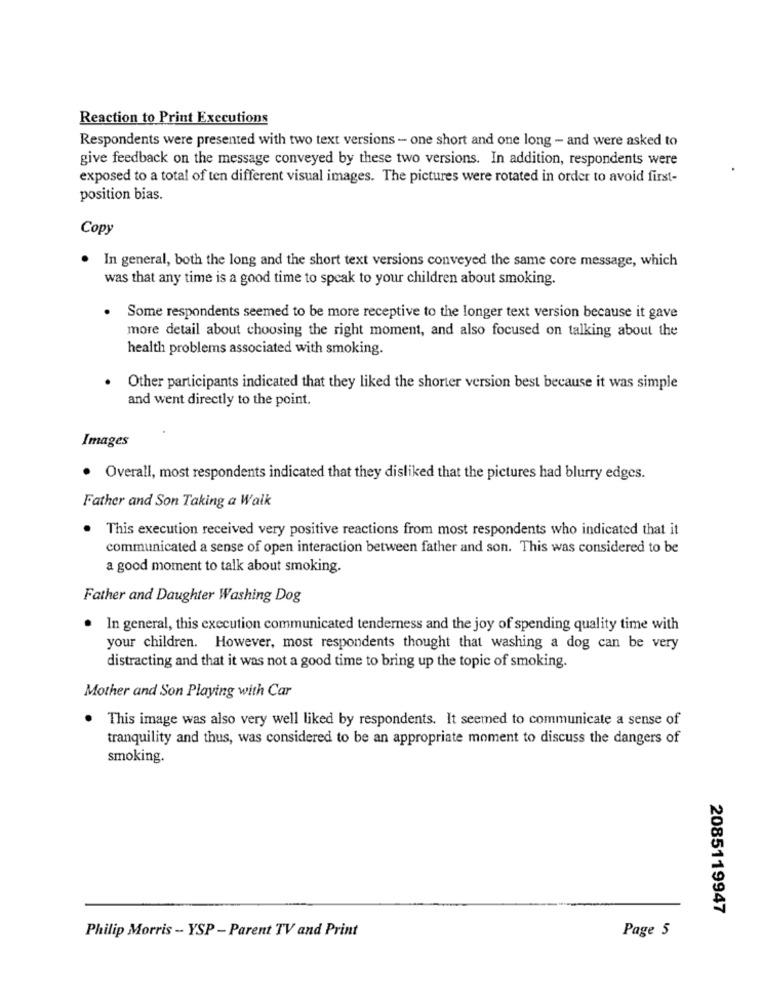
Reaction to Print Executions
Respondents were presented with two text versions - one short and one long - and were asked to
give feedback on the message conveyed by these two versions. In addition, respondents were
exposed to a total of ten different visual images. The pictures were rotated in order to avoid first-
position bias.
Copy
In general, both the long and the short text versions conveyed the same core message, which
was that any time is a good time to speak to your children about smoking.
Some respondents seemed to be more receptive to the longer text version because it gave
more detail about choosing the right moment, and also focused on talking about the
health problems associated with smoking.
Other participants indicated that they liked the shorter version best because it was simple
and went directly to the point.
Images
. Overall, most respondents indicated that they disliked that the pictures had blurry edges.
Father and Son Taking a Walk
This execution received very positive reactions from most respondents who indicated that it
communicated a sense of open interaction between father and son. This was considered to be
a good moment to talk about smoking.
Father and Daughter Washing Dog
In general, this execution communicated tenderness and the joy of spending quality time with
your children. However, most respondents thought that washing a dog can be very
distracting and that it was not a good time to bring up the topic of smoking.
Mother and Son Playing with Car
This image was also very well liked by respondents. It seemed to communicate a sense of
tranquility and thus, was considered to be an appropriate moment to discuss the dangers of
smoking.
2085119947
Page 5
Philip Morris - YSP - Parent TV and Print